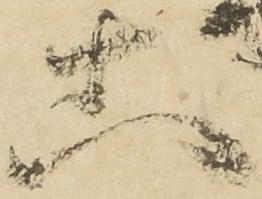
等